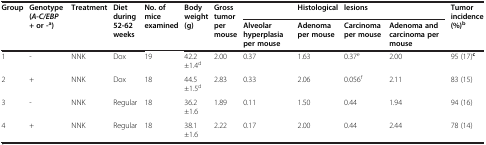
| Group | Genotype (A-C/EBP | Treatment | Diet during | No. of mice | Body weight | Gross tumor |  | Histological | lesions |  | Tumor incidence |
 |  | + or -a) |  | 52-62 weeks | examined | (g) | per mouse | Alveolar hyperplasia per mouse | Adenoma per mouse | Carcinoma per mouse | Adenoma and carcinoma per mouse | (%)b |
 | --- | --- | --- | --- | --- | --- | --- | --- | --- | --- | --- | --- |
 | 1 | - | NNK | Dox | 19 | 42.2±1.4d | 2.00 | 0.37 | 1.63 | 0.37e | 2.00 | 95 (17)c |
 | 2 | + | NNK | Dox | 18 | 44.5±1.5d | 2.83 | 0.33 | 2.06 | 0.056f | 2.11 | 83 (15) |
 | 3 | - | NNK | Regular | 18 | 36.2±1.6 | 1.89 | 0.11 | 1.50 | 0.44 | 1.94 | 94 (16) |
 | 4 | + | NNK | Regular | 18 | 38.1±1.6 | 2.22 | 0.17 | 2.00 | 0.44 | 2.44 | 78 (14) |